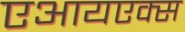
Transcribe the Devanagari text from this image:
एआयएक्स